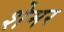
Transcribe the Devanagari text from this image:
शेमर